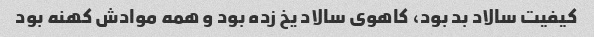
کیفیت سالاد بد بود، کاهوی سالاد یخ زده بود و همه موادش کهنه بود